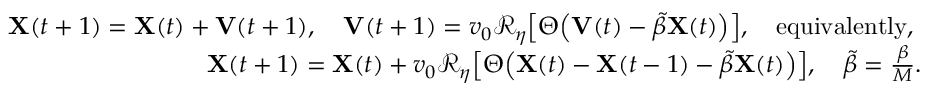
\begin{array} { r l r } & { } & { \mathbf { X } ( t + 1 ) = \mathbf { X } ( t ) + \mathbf { V } ( t + 1 ) , \quad \mathbf { V } ( t + 1 ) = v _ { 0 } \mathcal { R } _ { \eta } \! \left[ \Theta \! \left( \mathbf { V } ( t ) - \tilde { \beta } \mathbf { X } ( t ) \right) \right] \! , \quad \mathrm { e q u i v a l e n t l y , ~ } } \\ & { } & { \mathbf { X } ( t + 1 ) = \mathbf { X } ( t ) + v _ { 0 } \mathcal { R } _ { \eta } \! \left[ \Theta \! \left( \mathbf { X } ( t ) - \mathbf { X } ( t - 1 ) - \tilde { \beta } \mathbf { X } ( t ) \right) \right] \! , \quad \tilde { \beta } = \frac { \beta } { M } . } \end{array}